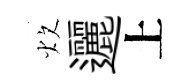
炊邐上